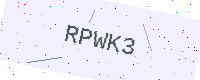
Text: RPWK3